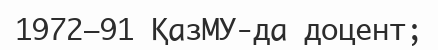
1972–91 ҚазМУ-да доцент;